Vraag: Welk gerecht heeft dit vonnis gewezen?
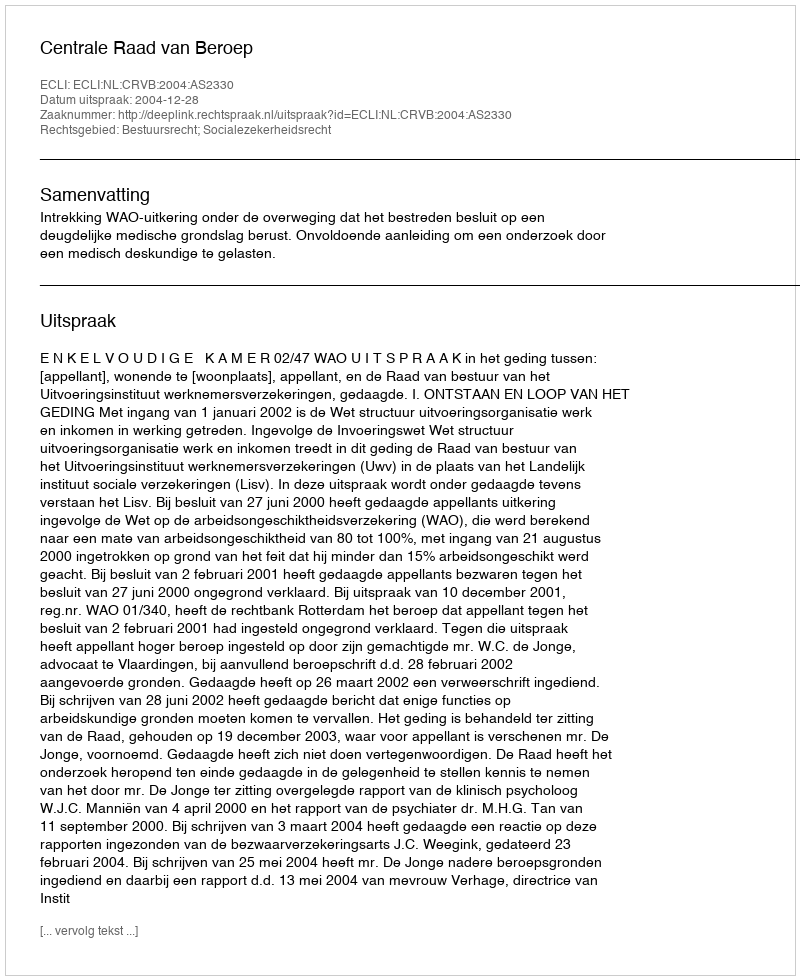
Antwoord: Centrale Raad van Beroep